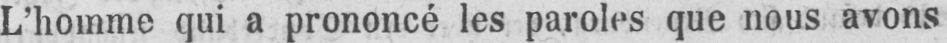
L’homme qui a prononcé les paroles que nous avons